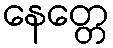
နေတ္တေ